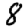
Digit: 8